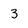
Character: 3